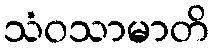
သံဝသာမာတိ